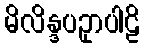
မိလိန္ဒပဥှာပါဠိ